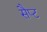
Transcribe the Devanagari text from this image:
सैप्ट